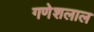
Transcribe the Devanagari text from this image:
गणेशलाल